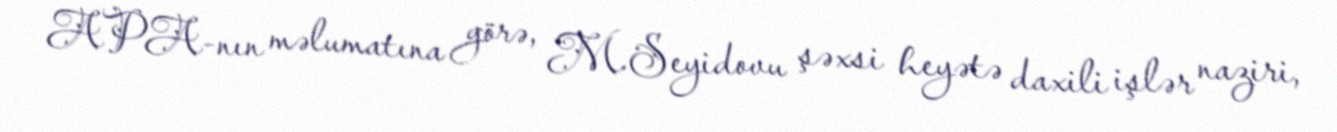
APA-nın məlumatına görə, M.Seyidovu şəxsi heyətə daxili işlər naziri,